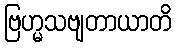
ဗြဟ္မသဗျတာယာတိ